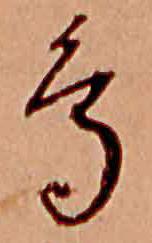
鳥